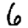
Digit: 6